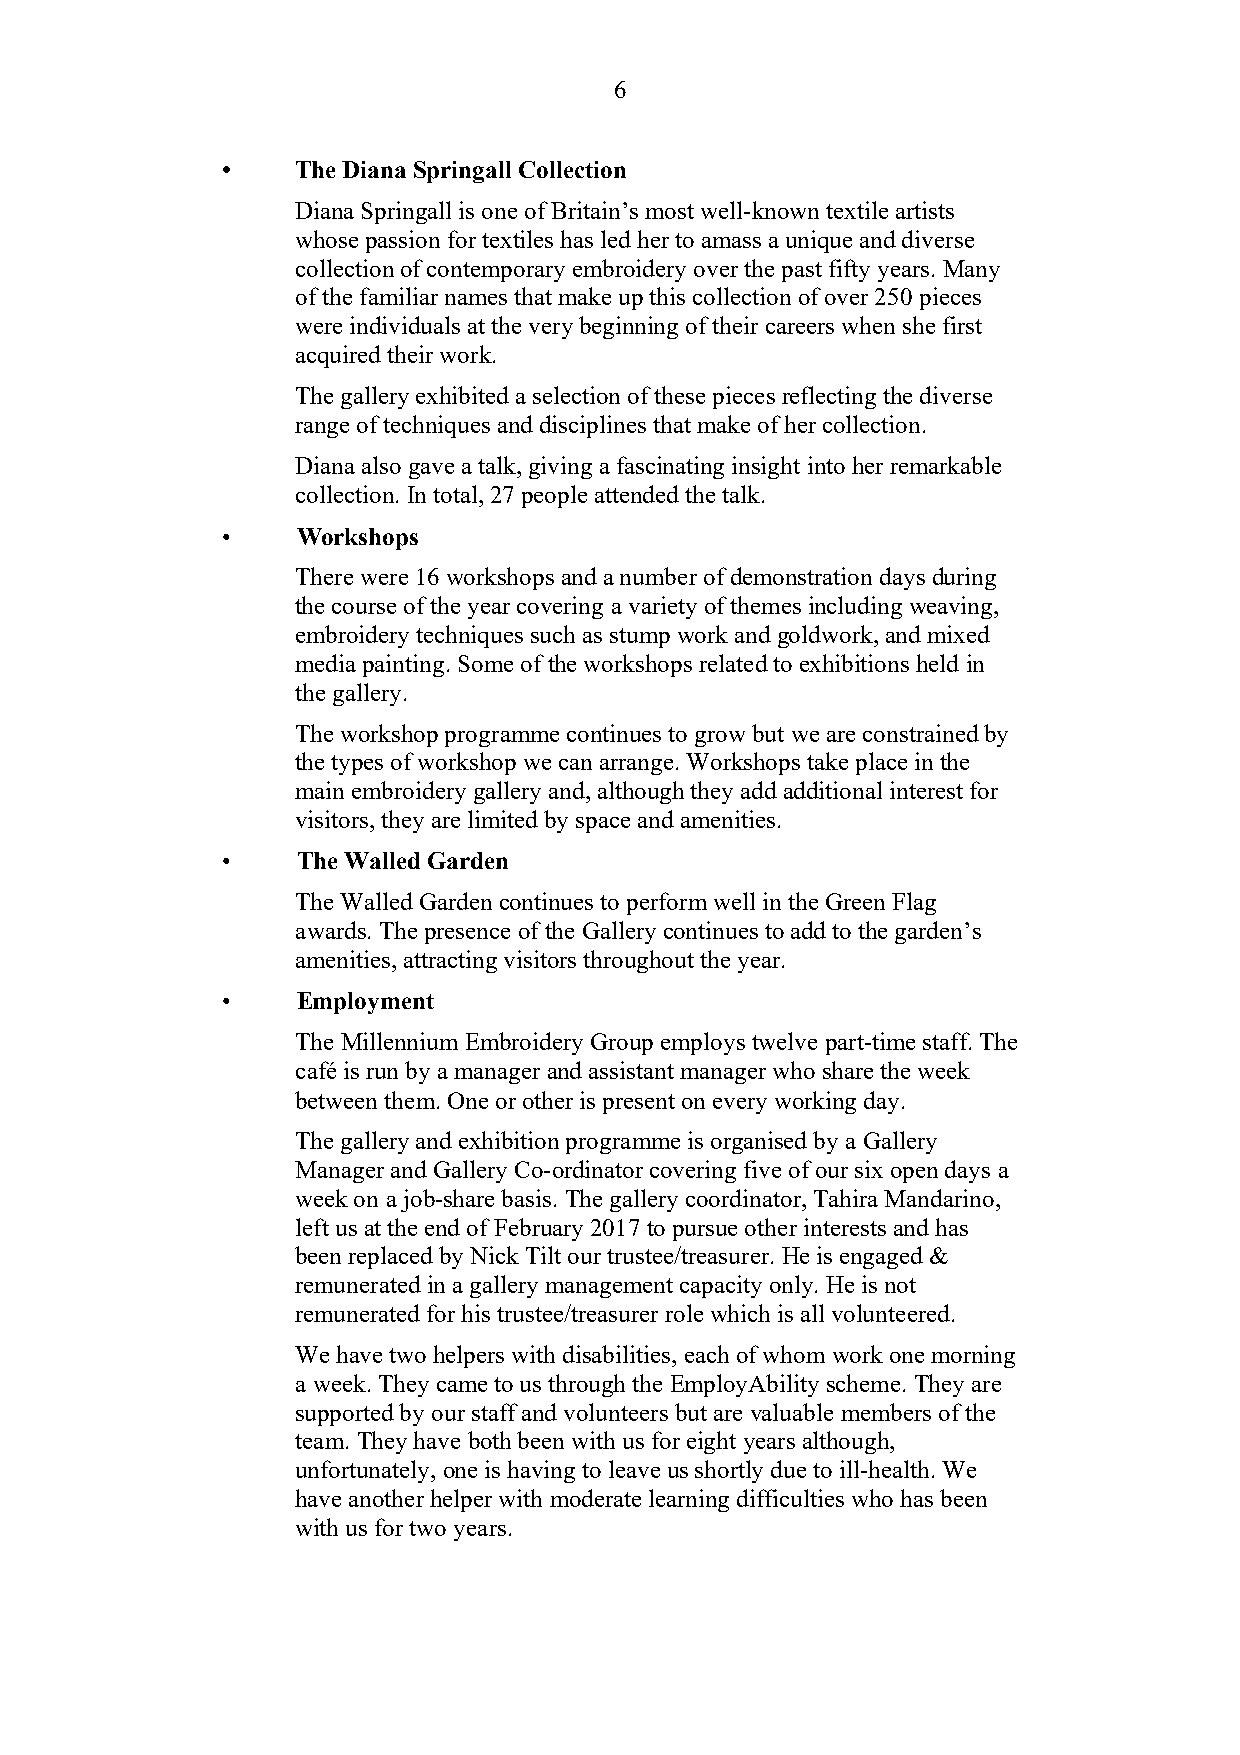
6
 •    The Diana Springall Collection
 Diana Springall is one of Britain’s most well-known textile artists
 whose passion for textiles has led her to amass a unique and diverse
 collection of contemporary embroidery over the past fifty years. Many
 of the familiar names that make up this collection of over 250 pieces
 were individuals at the very beginning of their careers when she first
 acquired their work.
 The gallery exhibited a selection of these pieces reflecting the diverse
 range of techniques and disciplines that make of her collection.
 Diana also gave a talk, giving a fascinating insight into her remarkable
 collection. In total, 27 people attended the talk.
 •    Workshops
 There were 16 workshops and a number of demonstration days during
 the course of the year covering a variety of themes including weaving,
 embroidery techniques such as stump work and goldwork, and mixed
 media painting. Some of the workshops related to exhibitions held in
 the gallery.
 The workshop programme continues to grow but we are constrained by
 the types of workshop we can arrange. Workshops take place in the
 main embroidery gallery and, although they add additional interest for
 visitors, they are limited by space and amenities.
 •    The Walled Garden
 The Walled Garden continues to perform well in the Green Flag
 awards. The presence of the Gallery continues to add to the garden’s
 amenities, attracting visitors throughout the year.
 •    Employment
 The Millennium Embroidery Group employs twelve part-time staff. The
 café is run by a manager and assistant manager who share the week
 between them. One or other is present on every working day.
 The gallery and exhibition programme is organised by a Gallery
 Manager and Gallery Co-ordinator covering five of our six open days a
 week on a job-share basis. The gallery coordinator, Tahira Mandarino,
 left us at the end of February 2017 to pursue other interests and has
 been replaced by Nick Tilt our trustee/treasurer. He is engaged &
 remunerated in a gallery management capacity only. He is not
 remunerated for his trustee/treasurer role which is all volunteered.
 We have two helpers with disabilities, each of whom work one morning
 a week. They came to us through the EmployAbility scheme. They are
 supported by our staff and volunteers but are valuable members of the
 team. They have both been with us for eight years although,
 unfortunately, one is having to leave us shortly due to ill-health. We
 have another helper with moderate learning difficulties who has been
 with us for two years.